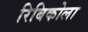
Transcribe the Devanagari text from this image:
रिबिकोला